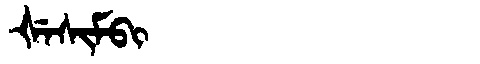
Manchu: ᡧᡝᠰᡳᠮᠪᡳ
Romanization: ŠESIMBI